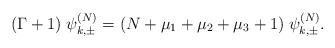
\begin{align*} (\Gamma+1)\;\psi_{k,\pm}^{(N)}=(N+\mu_1+\mu_2+\mu_3+1)\;\psi_{k,\pm}^{(N)}.\end{align*}